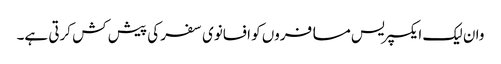
وان لیک ایکسپریس مسافروں کو افسانوی سفر کی پیش کش کرتی ہے۔